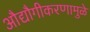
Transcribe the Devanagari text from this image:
औद्यौगीकरणामुळे